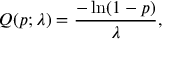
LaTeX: Q ( p ; \lambda ) = { \frac { - \ln ( 1 - p ) } { \lambda } } ,